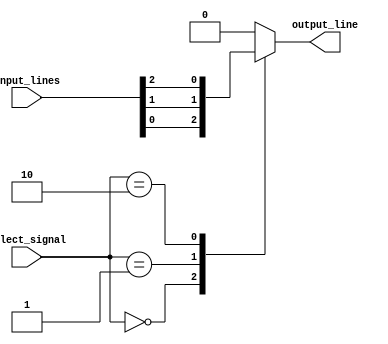
module mux_64to1 (
    input [63:0] input_lines,
    input [5:0] select_signal,
    output reg output_line
);

always @(*) begin
    case (select_signal)
        6'b000000: output_line = input_lines[0];
        6'b000001: output_line = input_lines[1];
        6'b000010: output_line = input_lines[2];
        // Add cases for all 64 input lines
        default: output_line = 0; // Default output line value when select signal does not match any cases
    endcase
end

endmodule